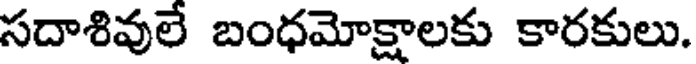
సదాశివులే బంధమోక్షాలకు కారకులు.